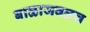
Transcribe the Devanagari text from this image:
बाळाजवळच